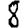
Digit: 8